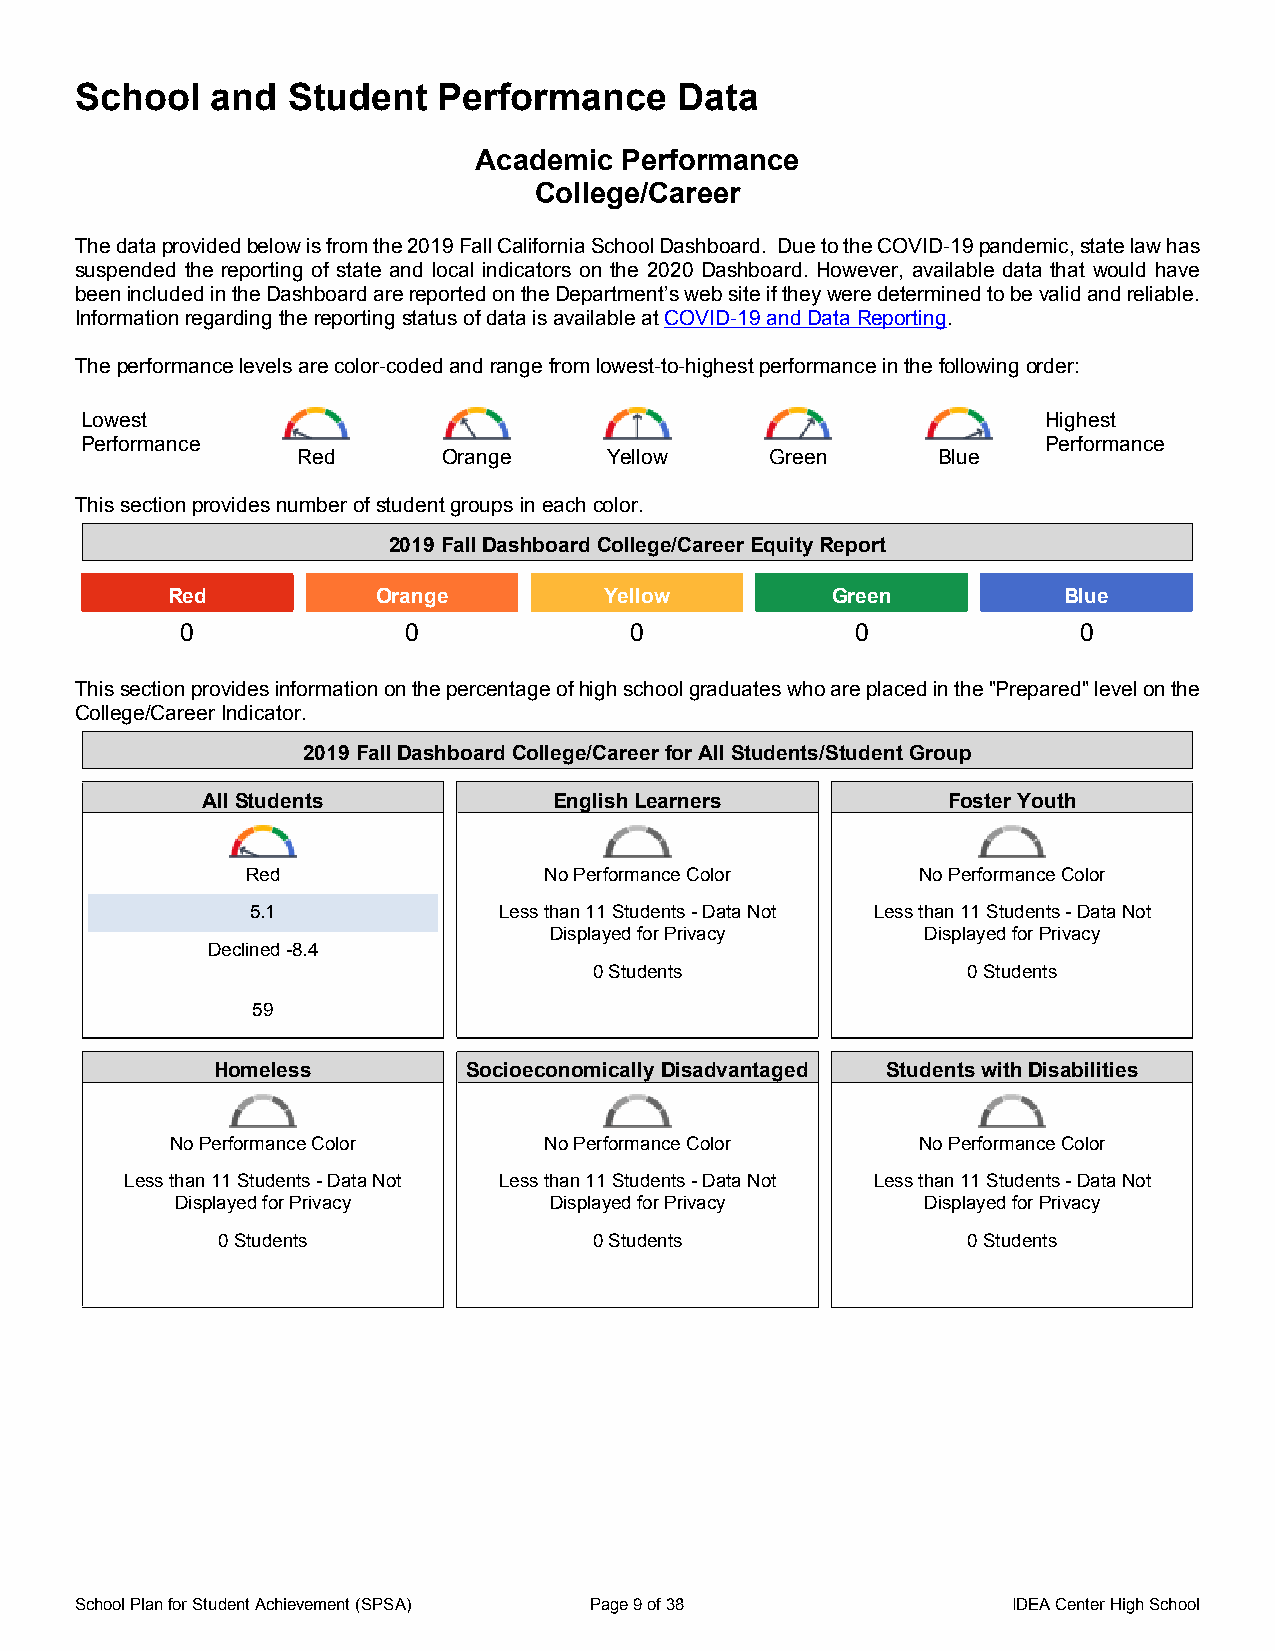
School   and  Student   Performance     Data
 Academic  Performance
 College/Career
 The data provided below is from the 2019 Fall California School Dashboard. Due to the COVID-19 pandemic, state law has
 suspended the reporting of state and local indicators on the 2020 Dashboard. However, available data that would have
 been included in the Dashboard are reported on the Department’s web site if they were determined to be valid and reliable.
 Information regarding the reporting status of data is available at COVID-19 and Data Reporting.
 The performance levels are color-coded and range from lowest-to-highest performance in the following order:
 Lowest                                                          Highest
 Performance                                                     Performance
 Red      Orange     Yellow     Green      Blue
 This section provides number of student groups in each color.
 2019 Fall Dashboard College/Career Equity Report
 Red           Orange         Yellow         Green          Blue
 0              0              0              0             0
 This section provides information on the percentage of high school graduates who are placed in the "Prepared" level on the
 College/Career Indicator.
 2019 Fall Dashboard College/Career for All Students/Student Group
 All Students            English Learners          Foster Youth
 Red                 No Performance Color     No Performance Color
 5.1             Less than 11 Students - Data Not Less than 11 Students - Data Not
 Displayed for Privacy    Displayed for Privacy
 Declined -8.4
 0 Students               0 Students
 59
 Homeless         Socioeconomically Disadvantaged Students with Disabilities
 No Performance Color     No Performance Color     No Performance Color
 Less than 11 Students - Data Not Less than 11 Students - Data Not Less than 11 Students - Data Not
 Displayed for Privacy   Displayed for Privacy    Displayed for Privacy
 0 Students               0 Students               0 Students
 School Plan for Student Achievement (SPSA) Page 9 of 38       IDEA Center High School